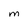
Character: M